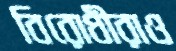
বিরোধীরাও